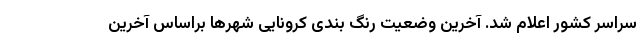
سراسر کشور اعلام شد. آخرین وضعیت رنگ بندی کرونایی شهرها براساس آخرین